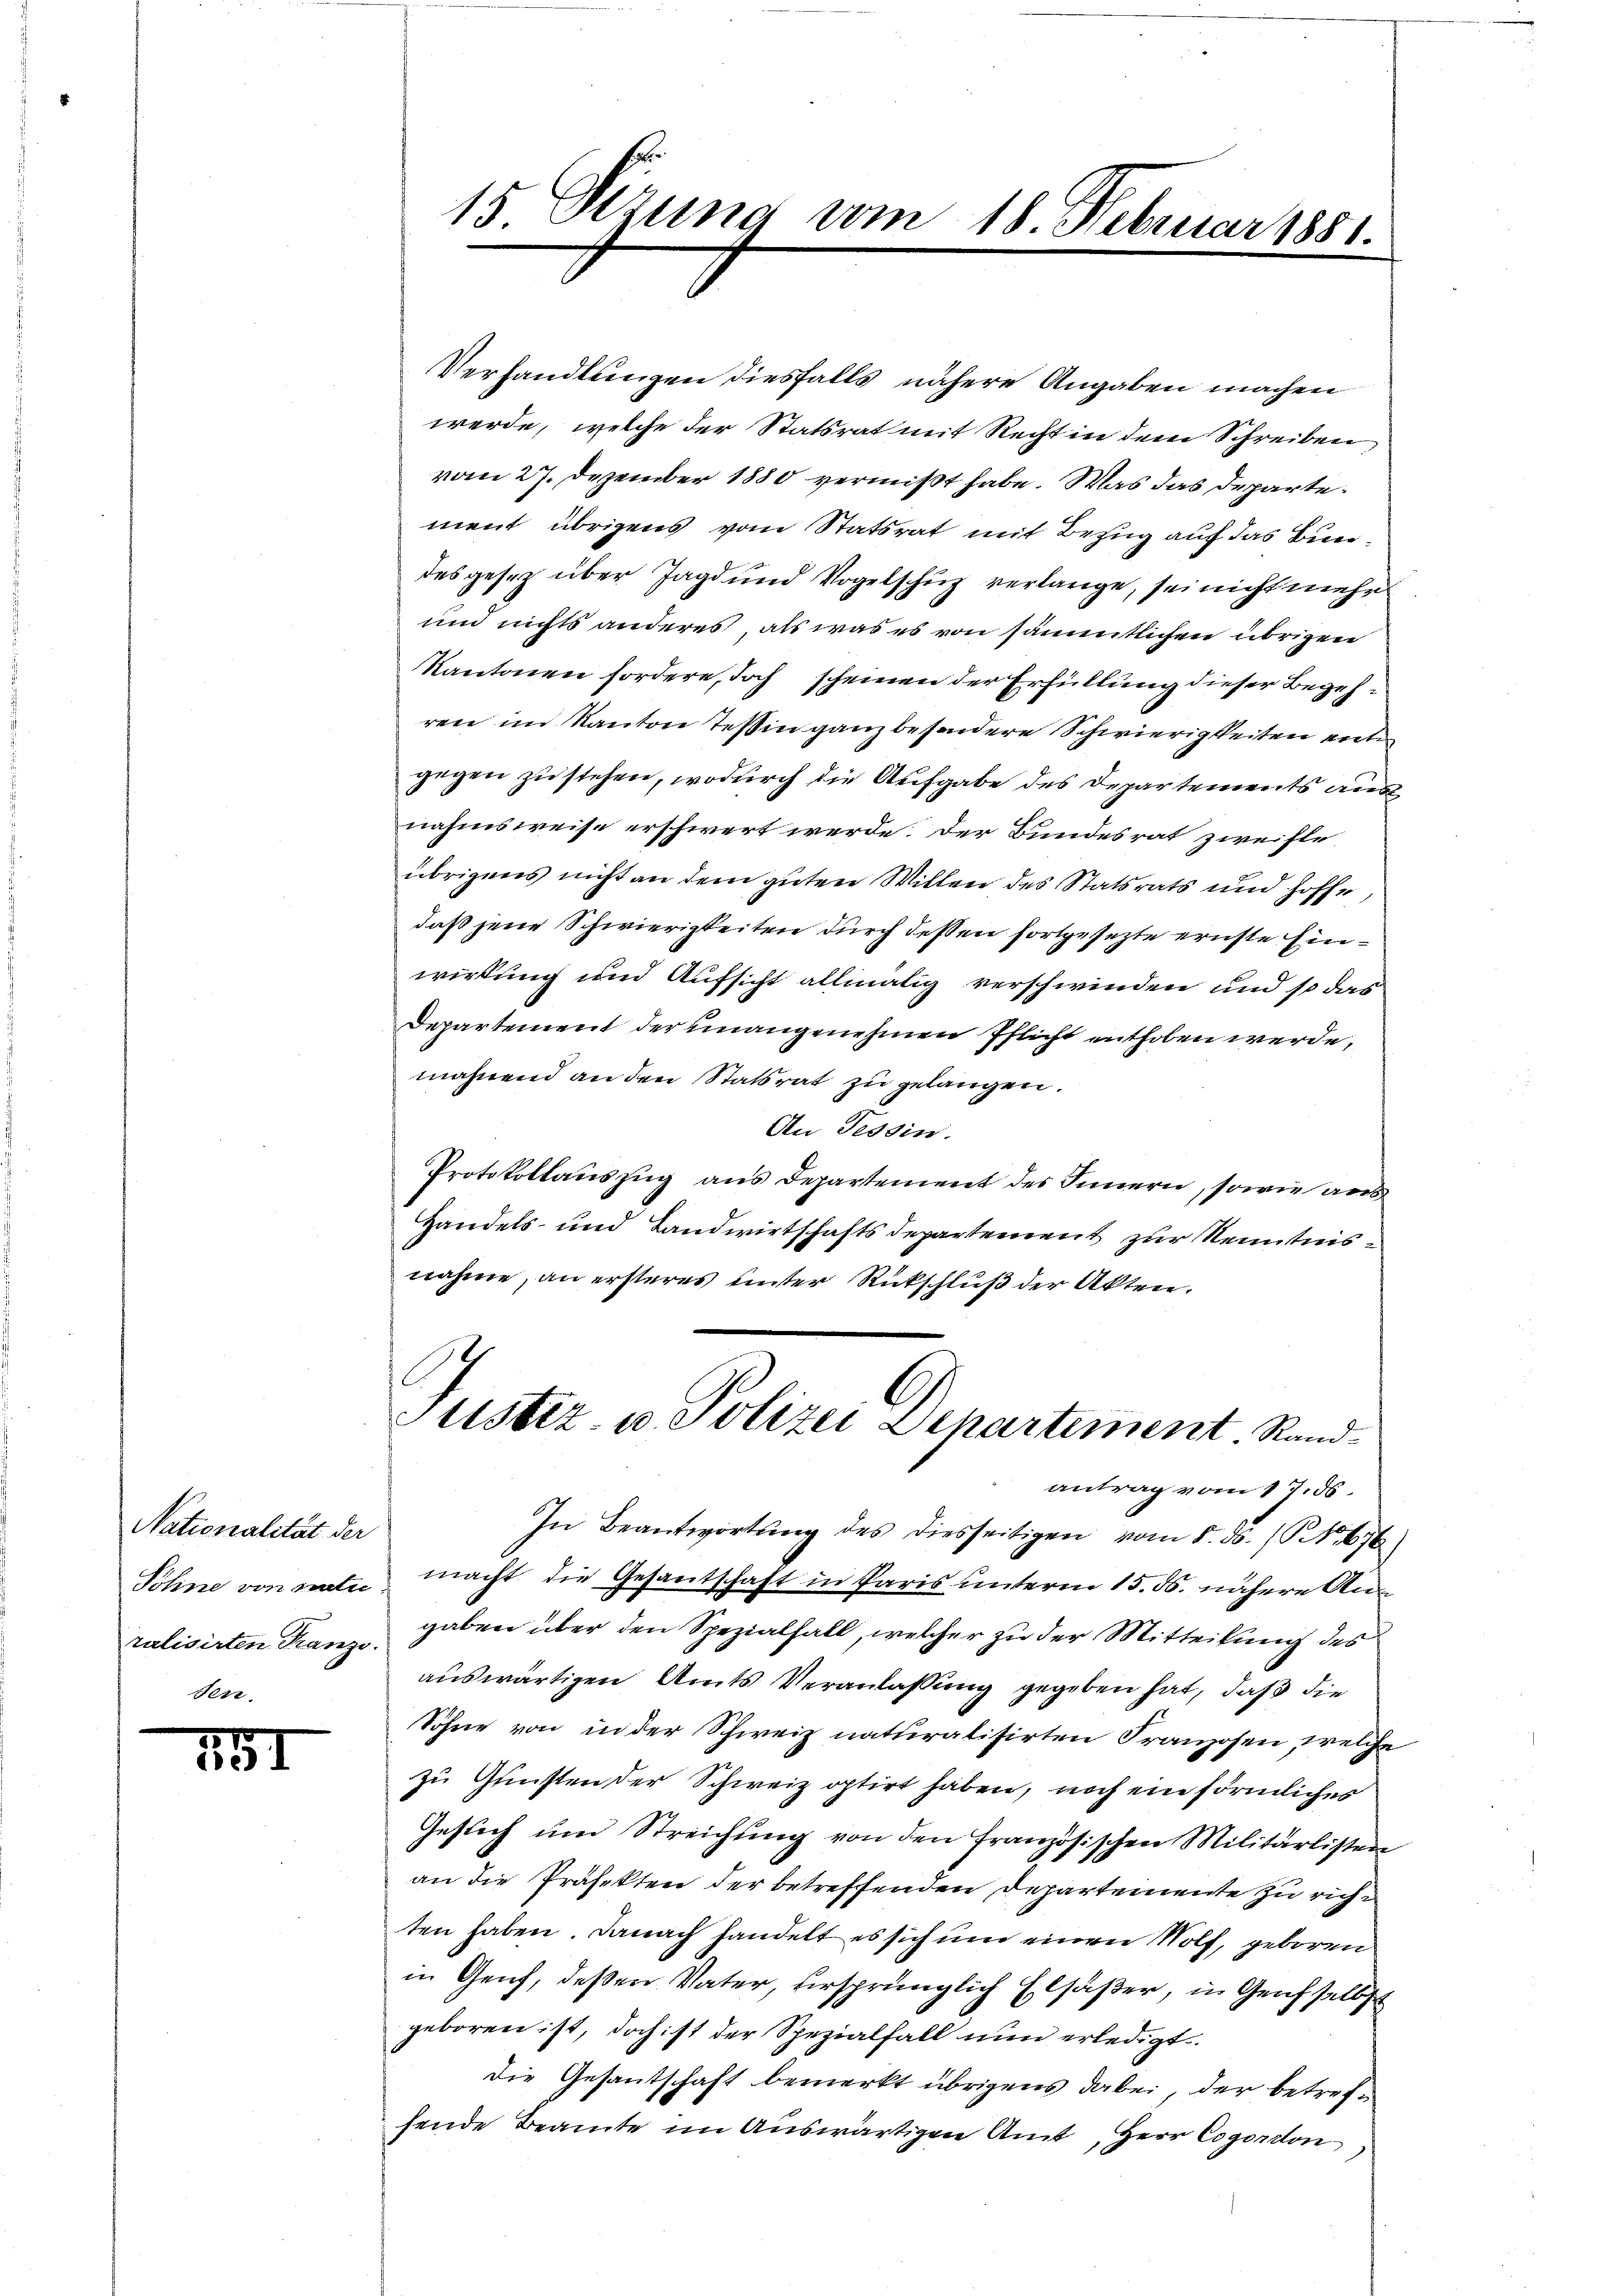
Nationalität der
Söhne von nati
ralisirten Franzi
sen.

71

15 Otzung vom 18. Februar 1881.

Verhandlungen diesfalls nähere Angaben machen
werde, welche der Statsrat mit Recht in dem Schreiben
vom 27. Dezember 1880 vermißt habe. Was das Departement übrigens vom Statsrat mit Bezug auf das Bundes gesetz über Jagd und Vogelschuz verlange, sei nicht mehr
und nichts anderes, als was es von sämmtlichen übrigen
Kantonen fordere, doch scheinen der Erfüllung dieser Begehren im Kanton Teßin ganz besondere Schwierigkeiten enten
gegen zu stehen, wodurch die Aufgabe des Departements aus
nahmsweise erschwert werde. Der Bundesrat zweifle
übrigens nicht an dem guten Willen des Statsrats und hoffe,
daß jene Schwierigkeiten durch deßen fortgesetzte ernste Einwirkung und Aufsicht allmälig verschwinden und so das
Departement der unangenehmen Pflicht enthoben werde.
mahnend an den Statsrat zu gelangen.
An Tessin.
Protokollauszug aus Departement des Innern, sowie aus
Handels- und Landwirtschaftsdepartement zur Kenntnisnahme, an ersteres unter Rückschluß der Akten.
Justiz- u. Polizei Departement. Rand
antrag vom 17. 36.
In Beantwortung des diesseitigen vom 5. 56. No. 676
macht die Gesantschaft in Paris unterm 15. ds. nähere Angaben über den Spezialfall, welcher zu der Mitteilung des
auswärtigen Amts Veranlassung gegeben hat, daß die
Söhne von in der Schweiz naturatisirten Franzosen, welche
zu Gunsten der Schweiz optirt haben, noch ein förmliches
Gesuch um Streichung von den Französischen Militärlisten
an die Präfekten der betreffenden Departemente zu richten haben. Danach handelt es sich um einen Wolf, geboren
in Genf, deßen Vater, versprünglich Elsäßer, in Graf selbs
geboren ist, doch ist der Spezialfall nun erledigt.
Die Gesantschaft bemerkt übrigens dabei, der betrefsende Beamte im Auswärtigen Amt, Herr Coporton